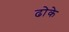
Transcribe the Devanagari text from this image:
ढोके